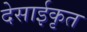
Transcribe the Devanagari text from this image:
देसाईकृत